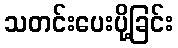
သတင်းပေးပို့ခြင်း